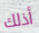
أذلك